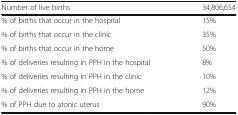
<table><thead><tr><td><b>Number of live births</b></td><td><b>34,806,654</b></td></tr></thead><tbody><tr><td>% of births that occur in the hospital</td><td>15%</td></tr><tr><td>% of births that occur in the clinic</td><td>35%</td></tr><tr><td>% of births that occur in the home</td><td>50%</td></tr><tr><td>% of deliveries resulting in PPH in the hospital</td><td>8%</td></tr><tr><td>% of deliveries resulting in PPH in the clinic</td><td>10%</td></tr><tr><td>% of deliveries resulting in PPH in the home</td><td>12%</td></tr><tr><td>% of PPH due to atonic uterus</td><td>90%</td></tr></tbody></table>